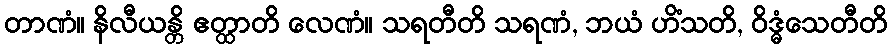
တာဏံ။ နိလီယန္တိ ဧတ္ထာတိ လေဏံ။ သရတီတိ သရဏံ, ဘယံ ဟိံသတိ, ဝိဒ္ဓံသေတီတိ